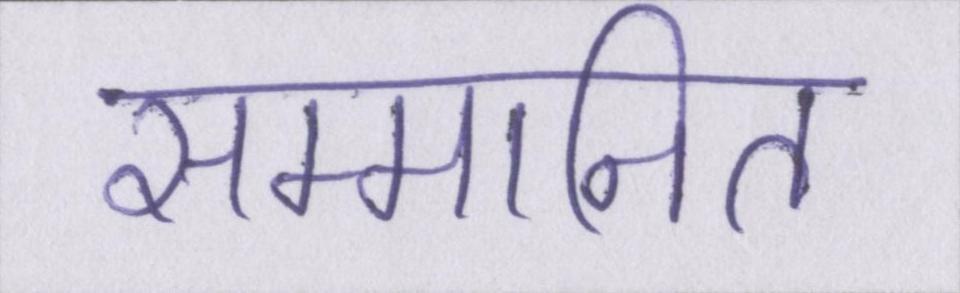
सम्मानित